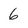
Character: 6